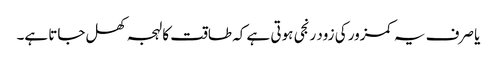
یا صرف یہ کمزور کی زود رنجی ہوتی ہے کہ طاقت کا لہجہ کھل جاتا ہے۔